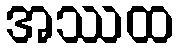
အဿထ